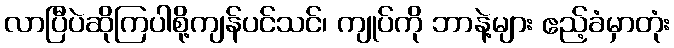
လာပြီပဲဆိုကြပါစို့ကျန်ပင်သင်၊ ကျုပ်ကို ဘာနဲ့များ ဧည့်ခံမှာတုံး